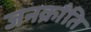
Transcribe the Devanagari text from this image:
जनक्राँति